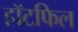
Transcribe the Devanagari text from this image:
हॉटफिल